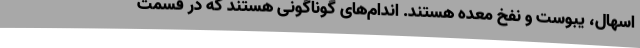
اسهال، یبوست و نفخ معده هستند. اندام‌های گوناگونی هستند که در قسمت